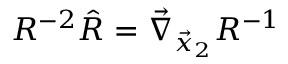
R ^ { - 2 } \hat { R } = \vec { \nabla } _ { \vec { x } _ { 2 } } R ^ { - 1 }